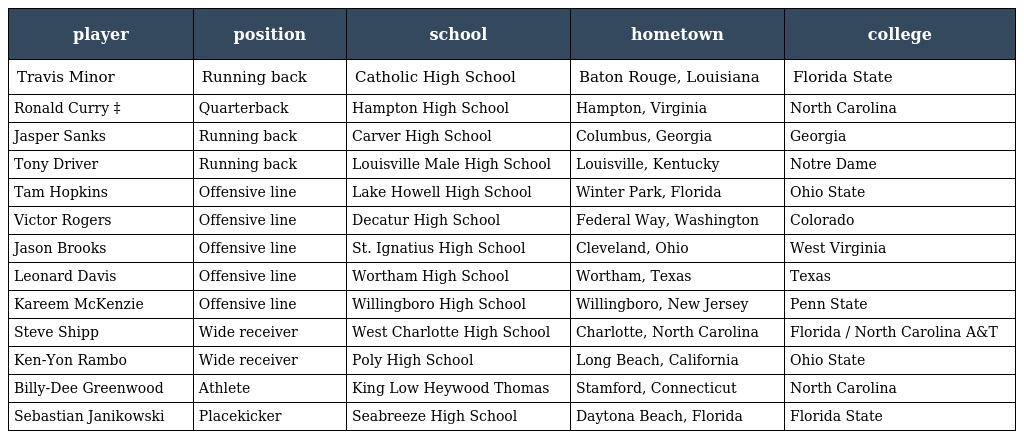
| player | position | school | hometown | college |
 | --- | --- | --- | --- | --- |
 | Travis Minor | Running back | Catholic High School | Baton Rouge, Louisiana | Florida State |
 | Ronald Curry ‡ | Quarterback | Hampton High School | Hampton, Virginia | North Carolina |
 | Jasper Sanks | Running back | Carver High School | Columbus, Georgia | Georgia |
 | Tony Driver | Running back | Louisville Male High School | Louisville, Kentucky | Notre Dame |
 | Tam Hopkins | Offensive line | Lake Howell High School | Winter Park, Florida | Ohio State |
 | Victor Rogers | Offensive line | Decatur High School | Federal Way, Washington | Colorado |
 | Jason Brooks | Offensive line | St. Ignatius High School | Cleveland, Ohio | West Virginia |
 | Leonard Davis | Offensive line | Wortham High School | Wortham, Texas | Texas |
 | Kareem McKenzie | Offensive line | Willingboro High School | Willingboro, New Jersey | Penn State |
 | Steve Shipp | Wide receiver | West Charlotte High School | Charlotte, North Carolina | Florida / North Carolina A&T |
 | Ken-Yon Rambo | Wide receiver | Poly High School | Long Beach, California | Ohio State |
 | Billy-Dee Greenwood | Athlete | King Low Heywood Thomas | Stamford, Connecticut | North Carolina |
 | Sebastian Janikowski | Placekicker | Seabreeze High School | Daytona Beach, Florida | Florida State |